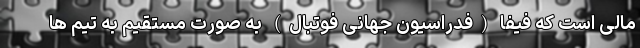
مالی است که فیفا (فدراسیون جهانی فوتبال) به صورت مستقیم به تیم ها